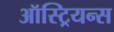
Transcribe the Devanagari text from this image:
ऑस्ट्रियन्स